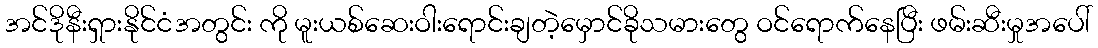
အင်ဒိုနီးရှားနိုင်ငံအတွင်း ကို မူးယစ်ဆေးဝါးရောင်းချတဲ့မှောင်ခိုသမားတွေ ဝင်ရောက်နေပြီး ဖမ်းဆီးမှုအပေါ်